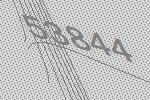
53844